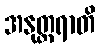
အနုတ္တရာတိ